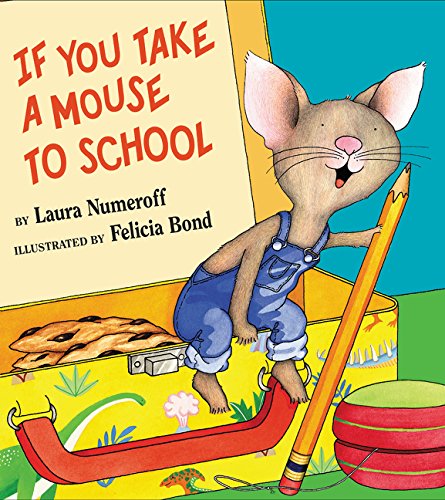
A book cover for If You Take a Mouse to School; Laura Numeroff; Children's Books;